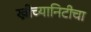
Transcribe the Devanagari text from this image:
ख्रीच्यानिटीचा